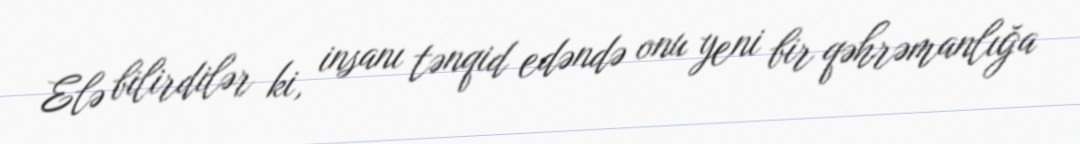
Elə bilirdilər ki, insanı tənqid edəndə onu yeni bir qəhrəmanlığa